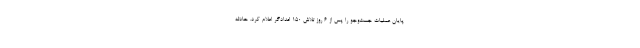
پایان عملیات جست‌وجو را پس از ۶ روز تلاش ۱۵۰ امدادگر اعلام کرد. حادثه